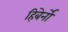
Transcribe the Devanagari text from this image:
हिबेर्नो